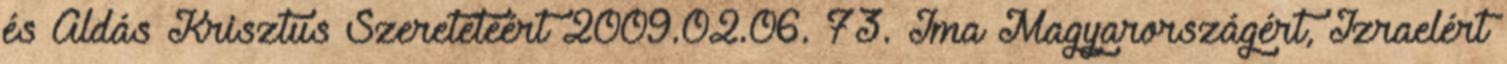
és Áldás Krisztus Szeretetéért 2009.02.06. 73. Ima Magyarországért, Izraelért